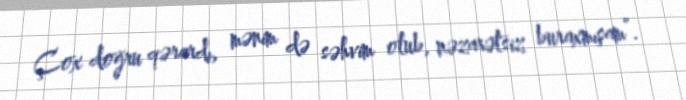
Çox doğru qərardı, mənim də səhvim olub, nəzarətsiz buraxmışam”.